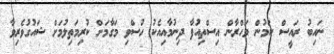
ނައިބު ރައީސް ކަމުން މަހްރާން އިސްތިއުފާ ދިނުމާއިއެކު ހުސްވި މަގާމަށް ކުރިމަތިލުމަށް ޝައުގުވެރިވާ